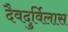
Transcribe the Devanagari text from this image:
दैवदुर्विलास